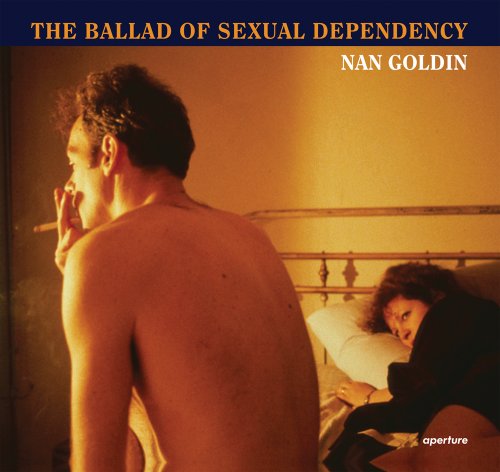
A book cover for Nan Goldin: The Ballad of Sexual Dependency; Nan Goldin; Arts & Photography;